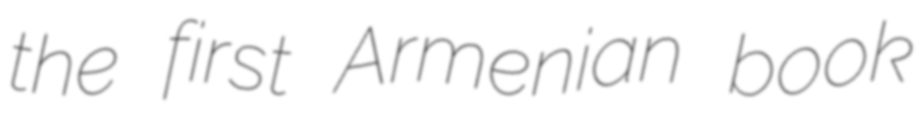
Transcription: the first Armenian book